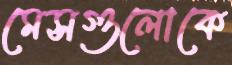
মেসগুলোকে